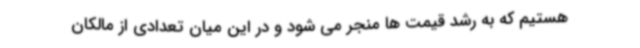
هستیم که به رشد قیمت ها منجر می شود و در این میان تعدادی از مالکان